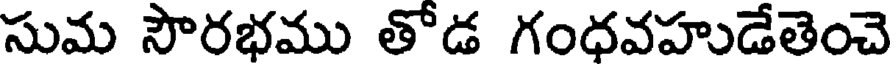
సుమ సౌరభము తోడ గంధవహుడేతెంచె